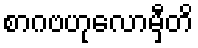
စာဂဗဟုလောမှီတိ